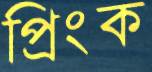
প্রিংক